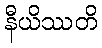
နီယိဿတိ